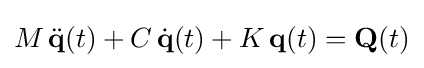
M\,{\ddot {\textbf {q}}}(t)+C\,{\dot {\textbf {q}}}(t)+K\,{\textbf {q}}(t)={\textbf {Q}}(t)